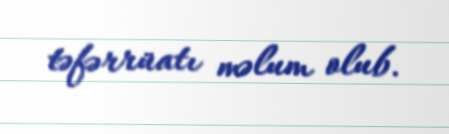
təfərrüatı məlum olub.